Vaccination report Assam 1896-1927 - 1896-1927
Year: 1896
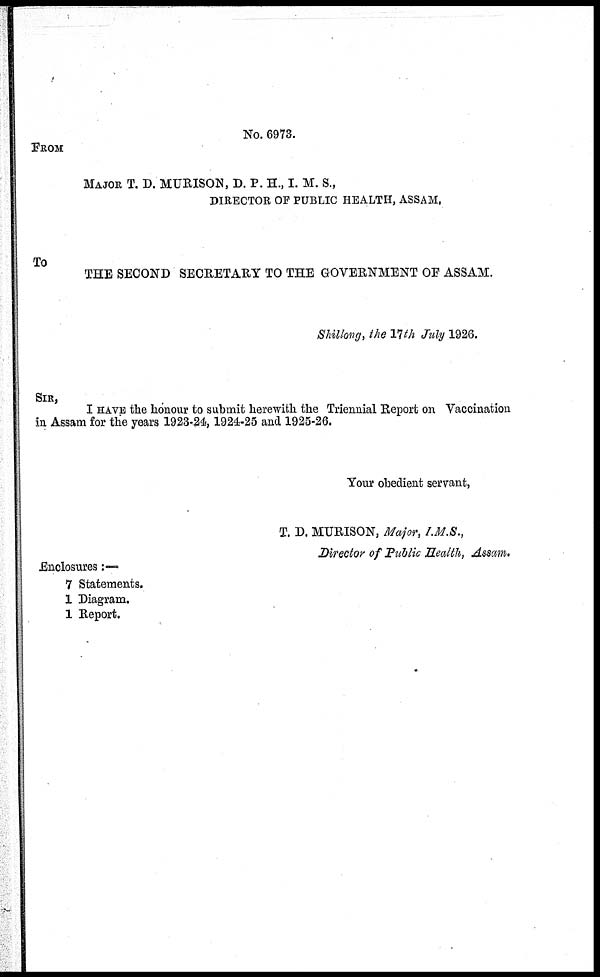
No. 6973.
FROM
MAJOR T. D. MURISON, D. P. H., I. M. S.,
DIRECTOR OF PUBLIC HEALTH, ASSAM.
To
THE SECOND SECRETARY TO THE GOVERNMENT OF ASSAM.
Shillong, the 17th July 1926.
SIR,
I HAVE the honour to submit herewith the Triennial Report on Vaccination
in Assam for the years 1923-24, 1924-25 and 1925-26.
Your obedient servant,
T. D. MURISON, Major, I.M.S.,
Director of Public Health, Assam.
Enclosures:—
7 Statements.
1 Diagram.
1 Report.